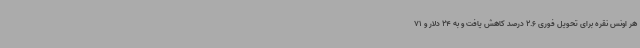
هر اونس نقره برای تحویل فوری 2.6 درصد کاهش یافت و به 24 دلار و 71